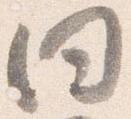
同